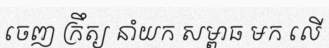
ចេញ ក្រឹត្យ នាំយក សម្ពាធ មក លើ